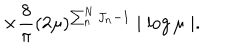
\times \frac { 8 } { \pi } ( 2 \mu ) ^ { \sum _ { n } ^ { N } J _ { n } - 1 } \mid \log \mu \mid .